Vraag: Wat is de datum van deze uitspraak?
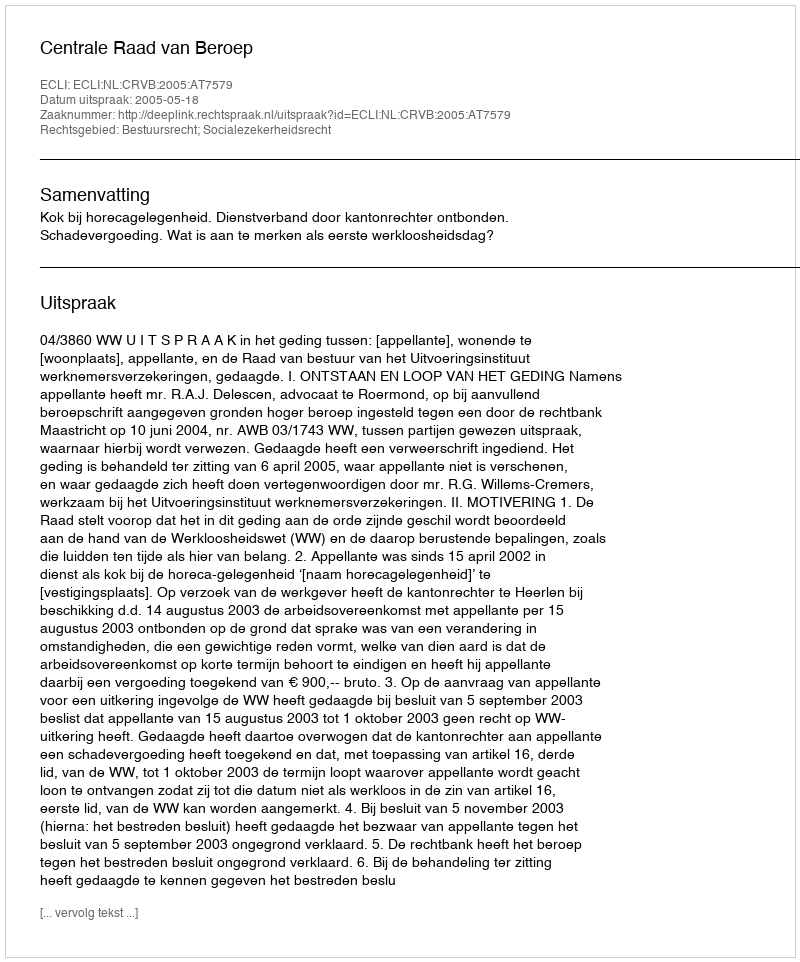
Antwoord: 2005-05-18